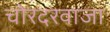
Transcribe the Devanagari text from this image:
चोरदरवाजा